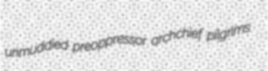
unmuddied preoppressor archchief pilgrims